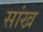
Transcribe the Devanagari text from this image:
सांख